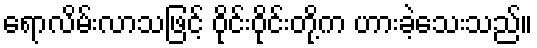
ရောလိမ်းလာသဖြင့် ဝိုင်းဝိုင်းတို့က ဟားခဲ့သေးသည်။